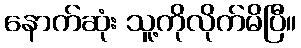
နောက်ဆုံး သူ့ကိုလိုက်မိပြီ။